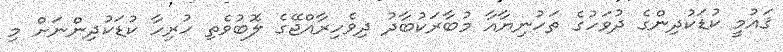
ޤައުމީ ކުޑަކުދިންގެ ދުވަހުގެ ތަހުނިޔާއާ މުބާރަކުބާދު ދިވެހިރާއްޖޭގެ ލޮބުވެތި ހުރިހާ ކުޑަކުދިންނަށް މި